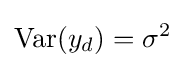
\operatorname {Var} (y_{d})=\sigma ^{2}